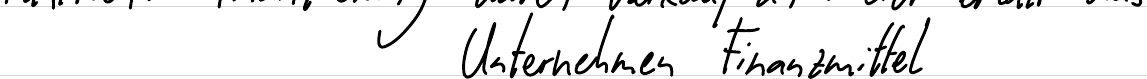
Unternehmen Finanzmittel